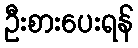
ဦးစားပေးရန်